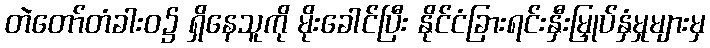
တဲတော်တံခါးဝ၌ ရှိနေသူကို မိုးခေါင်ပြီး နိုင်ငံခြားရင်းနှီးမြှုပ်နှံမှုများမှ